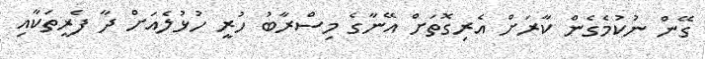
ގޭން ނުކުމެގެން ކާރަށް އެރިގޮތަށް އޭނާގެ މިސްރާބު ހުރީ ހުޅުލެއަށް ދާ ފެރީތަކާއި